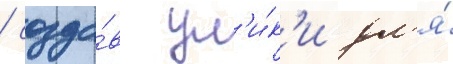
/ созда́в ул'и́к'и дл'я́